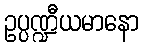
ဥပ္ပဏ္ဍီယမာနော